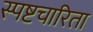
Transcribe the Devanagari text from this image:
स्पष्टचारिता